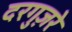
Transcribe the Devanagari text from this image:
दरगुज़रे